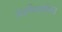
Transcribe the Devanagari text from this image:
आभिचारिक।